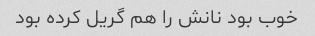
خوب بود نانش را هم گریل کرده بود